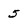
Character: 5